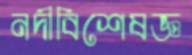
নদীবিশেষজ্ঞ